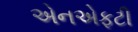
એનએફટી